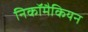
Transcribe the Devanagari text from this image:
निकॉमैकियन